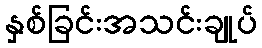
နှစ်ခြင်းအသင်းချုပ်